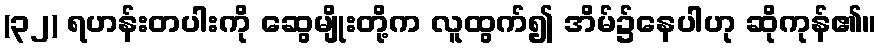
(၃၂) ရဟန်းတပါးကို ဆွေမျိုးတို့က လူထွက်၍ အိမ်၌နေပါဟု ဆိုကုန်၏။